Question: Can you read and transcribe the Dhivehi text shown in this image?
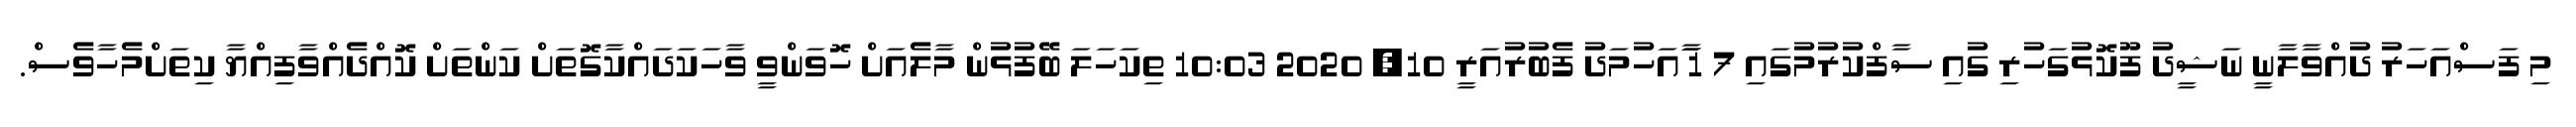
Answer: މި ފަސްއަހަރު ދުއްވާލާނީ ނަޝީދު ފޫކޮޅުގަހުރި ގުއި ސާފްކުރުމުގައި 7 1 ާައަހުމަދު ފެބުރުއަރީ 10, 2020 10:03 ތިކަހަލަ ބޭފުޅުން މާލެއަށް ހޮވަންވީ ވާހަކަދައްކާގޮތަށް ކަންތަށް ކޮއްދެއްވާފިއްޔާ ކިތަށްމެހާވެސް.